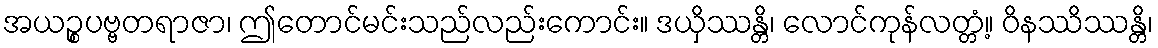
အယဉ္စပဗ္ဗတရာဇာ၊ ဤတောင်မင်းသည်လည်းကောင်း။ ဒယှိဿန္တိ၊ လောင်ကုန်လတ္တံ့။ ဝိနဿိဿန္တိ၊